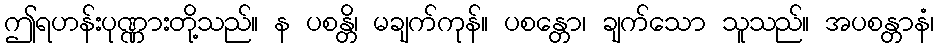
ဤရဟန်းပုဏ္ဏားတို့သည်။ န ပစန္တိ၊ မချက်ကုန်။ ပစန္တော၊ ချက်သော သူသည်။ အပစန္တာနံ၊